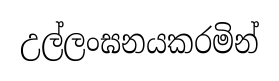
උල්ලංඝනයකරමින්